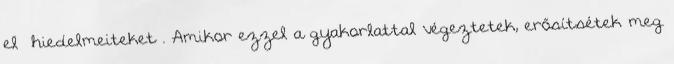
el hiedelmeiteket . Amikor ezzel a gyakorlattal végeztetek, erősítsétek meg